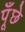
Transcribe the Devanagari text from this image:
पूँछे